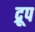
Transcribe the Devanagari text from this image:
द्रूप